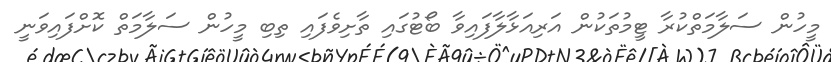
މީހުން ސަލާމަތްކުރާ ޓީމުތަކުން އަރިއަޅާލާފައިވާ ބޯޓުގައި ތާށިވެފައި ތިބި މީހުން ސަލާމަތް ކޮށްފައިވަނީ